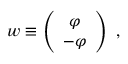
w \equiv \left( \begin{array} { c } { { \varphi } } \\ { { - \varphi } } \end{array} \right) ~ ,